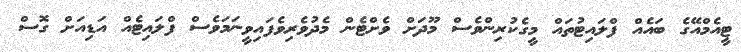
ޓީއެމްއޭގެ ބައެއް ފްލައިޓުތައް މީގެކުރިންވެސް މޫދަށް ވެށްޓެން މެދުވެރިވެފައިވީނަމަވެސް ފްލައިޓެއް އަޑިއަށް ގޮސް